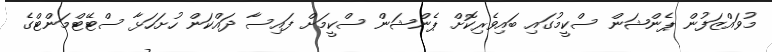
މުވައްޒަފުން ޕެންޝަން ސްކީމުގައި ބައިވެރިކޮށް ޕެންޝަން ސްކީމަށް ފައިސާ ދައްކަން ހުށަހަޅާ ސްޓޭޓްމަންޓްގެ